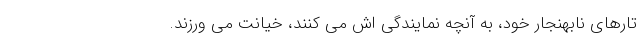
تارهای نابهنجار خود، به آنچه نمایندگی اش می کنند، خیانت می ورزند.